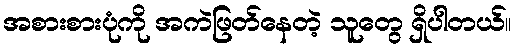
အစားစားပုံကို အကဲဖြတ်နေတဲ့ သူတွေ ရှိပါတယ်။